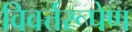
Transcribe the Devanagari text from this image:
विवर्त्तरूपेण